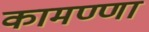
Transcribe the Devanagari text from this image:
कामण्णा